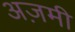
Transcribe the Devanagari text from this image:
अज़मी